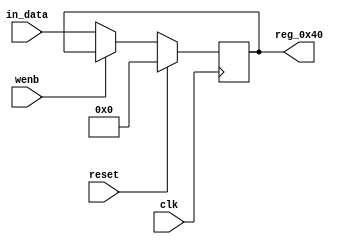
module r_RX_BUF_OBJ4_BYTE_0(output reg [7:0] reg_0x40, input wire reset, input wire wenb, input wire [7:0] in_data, input wire clk);
	always@(posedge clk)
	begin
		if(reset==0) begin
			if(wenb==0)
				reg_0x40<=in_data;
			else
				reg_0x40<=reg_0x40;
		end
		else
			reg_0x40<=8'h00;
	end
endmodule